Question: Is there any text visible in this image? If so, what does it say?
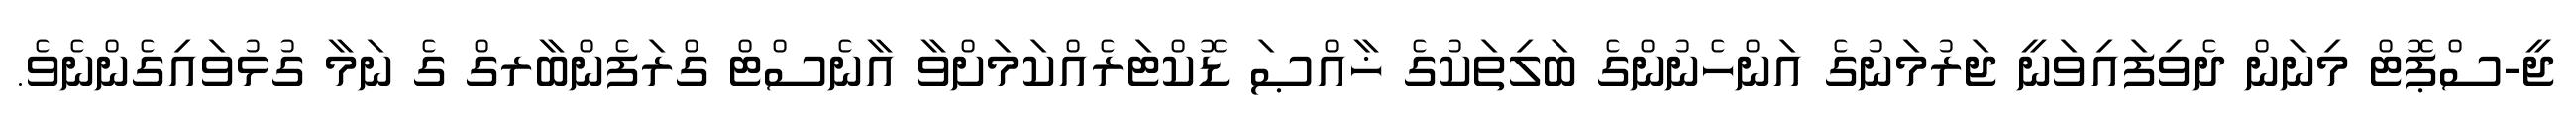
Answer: ޖީ-ސްޕޮޓް މިނަން ދެވިފައިވަނީ ޖަރުމަނުގެ އަންހެނުންގެ ބަލިތަކުގެ ޚާއްޞަ ޑޮކްޓަރެއްކަމަށްވާ އާނެސްޓް ގްރަފެންބާރގް ގެ ނަމާ ގުޅުވައިގެންނެވެ.